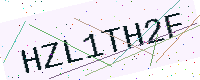
Text: HZL1TH2F